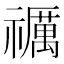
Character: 禲